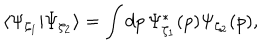
\langle \Psi _ { \zeta _ { 1 } } | \Psi _ { \zeta _ { 2 } } \rangle = \int d p \, \Psi _ { \zeta _ { 1 } } ^ { * } ( p ) \Psi _ { \zeta _ { 2 } } ( p ) ,